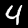
Digit: 4